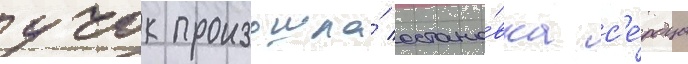
учок произошла́ остано́вка с'е́рдца